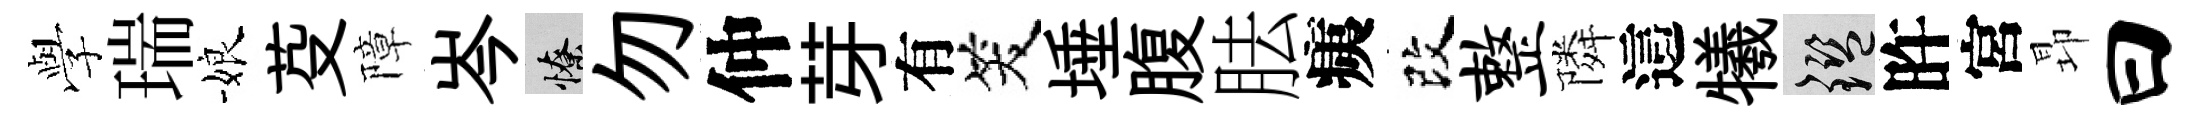
𫝯瑞娘芟障岑憭勿仲芽有笑埵腹胠痍改整隣這犧鑒旿宮昻曰